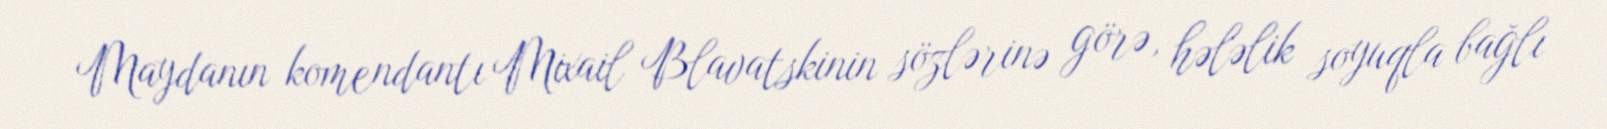
Maydanın komendantı Mixail Blavatskinin sözlərinə görə, hələlik soyuqla bağlı